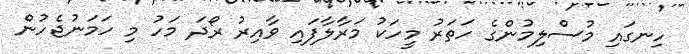
ހިނގައި މުސްލިމުންގެ ހަތަރު މީހަކު މަރާލާފައި ވާއިރު ރޯދަ މަހު މި ހަމަނުޖެހުން